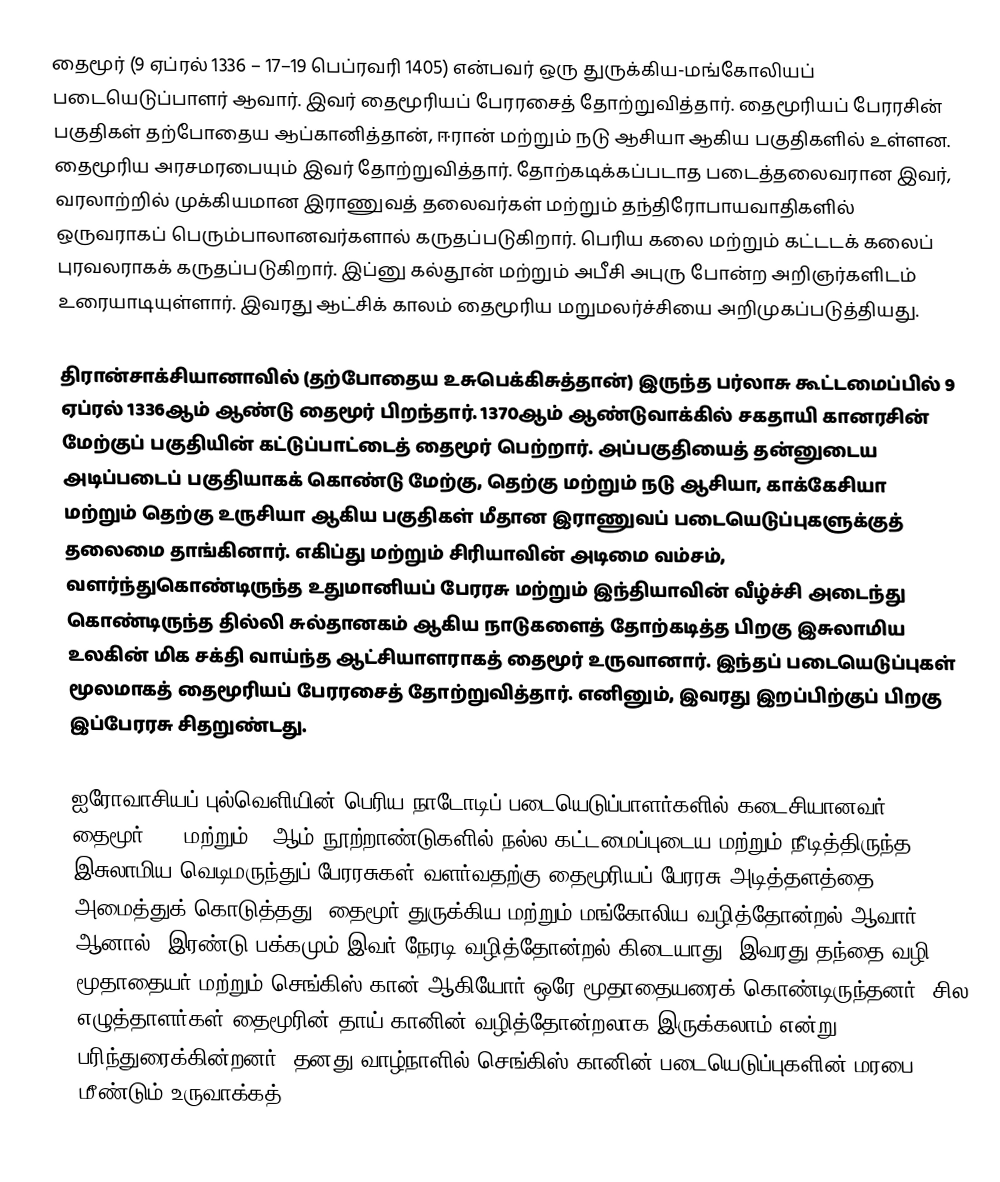
தைமூர் (9 ஏப்ரல் 1336 – 17–19 பெப்ரவரி 1405) என்பவர் ஒரு துருக்கிய-மங்கோலியப் படையெடுப்பாளர் ஆவார். இவர் தைமூரியப் பேரரசைத் தோற்றுவித்தார். தைமூரியப் பேரரசின் பகுதிகள் தற்போதைய ஆப்கானித்தான், ஈரான் மற்றும் நடு ஆசியா ஆகிய பகுதிகளில் உள்ளன. தைமூரிய அரசமரபையும் இவர் தோற்றுவித்தார். தோற்கடிக்கப்படாத படைத்தலைவரான இவர், வரலாற்றில் முக்கியமான இராணுவத் தலைவர்கள் மற்றும் தந்திரோபாயவாதிகளில் ஒருவராகப் பெரும்பாலானவர்களால் கருதப்படுகிறார். பெரிய கலை மற்றும் கட்டடக் கலைப் புரவலராகக் கருதப்படுகிறார். இப்னு கல்தூன் மற்றும் அபீசி அபுரு போன்ற அறிஞர்களிடம் உரையாடியுள்ளார். இவரது ஆட்சிக் காலம் தைமூரிய மறுமலர்ச்சியை அறிமுகப்படுத்தியது.

திரான்சாக்சியானாவில் (தற்போதைய உசுபெக்கிசுத்தான்) இருந்த பர்லாசு கூட்டமைப்பில் 9 ஏப்ரல் 1336ஆம் ஆண்டு தைமூர் பிறந்தார். 1370ஆம் ஆண்டுவாக்கில் சகதாயி கானரசின் மேற்குப் பகுதியின் கட்டுப்பாட்டைத் தைமூர் பெற்றார். அப்பகுதியைத் தன்னுடைய அடிப்படைப் பகுதியாகக் கொண்டு மேற்கு, தெற்கு மற்றும் நடு ஆசியா, காக்கேசியா மற்றும் தெற்கு உருசியா ஆகிய பகுதிகள் மீதான இராணுவப் படையெடுப்புகளுக்குத் தலைமை தாங்கினார். எகிப்து மற்றும் சிரியாவின் அடிமை வம்சம், வளர்ந்துகொண்டிருந்த உதுமானியப் பேரரசு மற்றும் இந்தியாவின் வீழ்ச்சி அடைந்து கொண்டிருந்த தில்லி சுல்தானகம் ஆகிய நாடுகளைத் தோற்கடித்த பிறகு இசுலாமிய உலகின் மிக சக்தி வாய்ந்த ஆட்சியாளராகத் தைமூர் உருவானார். இந்தப் படையெடுப்புகள் மூலமாகத் தைமூரியப் பேரரசைத் தோற்றுவித்தார். எனினும், இவரது இறப்பிற்குப் பிறகு இப்பேரரசு சிதறுண்டது.

ஐரோவாசியப் புல்வெளியின் பெரிய நாடோடிப் படையெடுப்பாளர்களில் கடைசியானவர் தைமூர். 16 மற்றும் 17ஆம் நூற்றாண்டுகளில் நல்ல கட்டமைப்புடைய மற்றும் நீடித்திருந்த இசுலாமிய வெடிமருந்துப் பேரரசுகள் வளர்வதற்கு தைமூரியப் பேரரசு அடித்தளத்தை அமைத்துக் கொடுத்தது. தைமூர் துருக்கிய மற்றும் மங்கோலிய வழித்தோன்றல் ஆவார். ஆனால், இரண்டு பக்கமும் இவர் நேரடி வழித்தோன்றல் கிடையாது. இவரது தந்தை வழி மூதாதையர் மற்றும் செங்கிஸ் கான் ஆகியோர் ஒரே மூதாதையரைக் கொண்டிருந்தனர். சில எழுத்தாளர்கள் தைமூரின் தாய் கானின் வழித்தோன்றலாக இருக்கலாம் என்று பரிந்துரைக்கின்றனர். தனது வாழ்நாளில் செங்கிஸ் கானின் படையெடுப்புகளின் மரபை மீண்டும் உருவாக்கத்